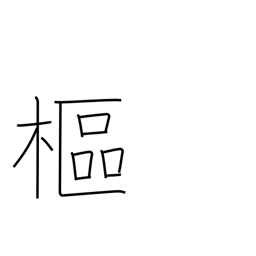
Meaning: pivot